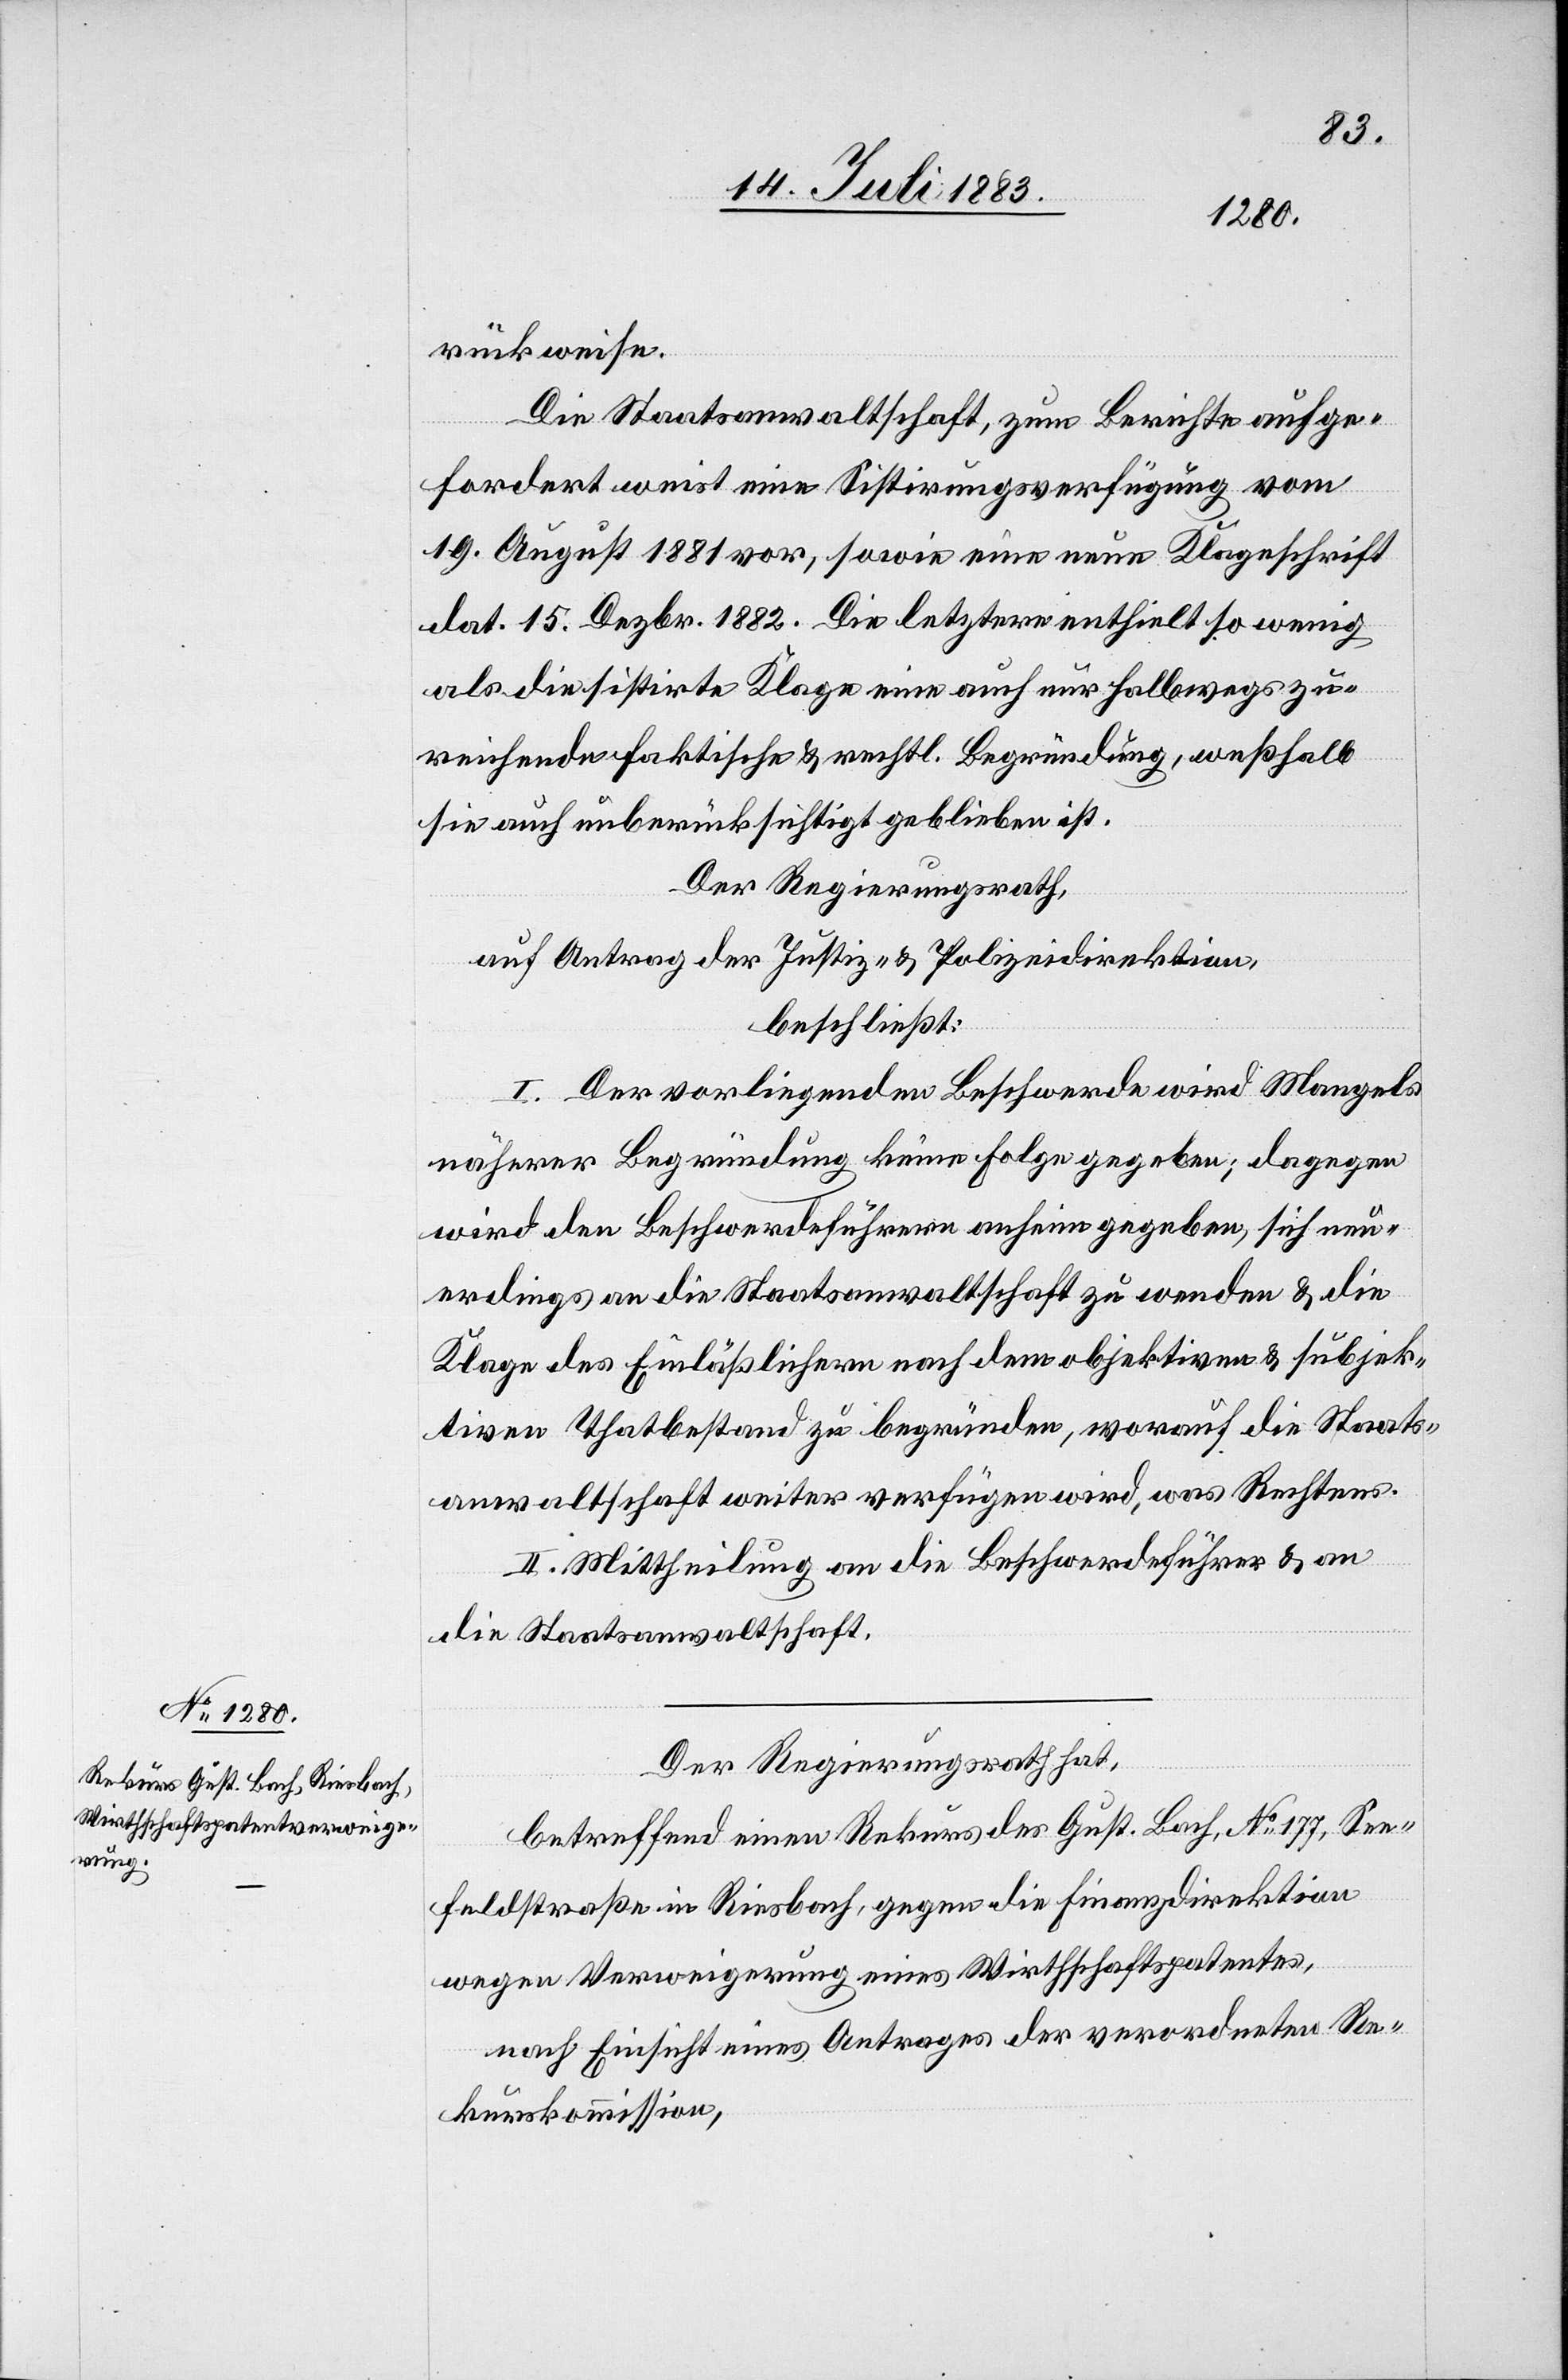
rückweise.
Die Staatsanwaltschaft, zum Bericht aufge¬
fordert weist eine Sistirungsverfügung vom
19. August 1881 vor, sowie eine neue Klageschrift
dat. 15. Dezbr. 1882. Die letztere enthielt so wenig
als die sistirte Klage eine auch nur halbwegs zu¬
reichende faktische & rechtl. Begründung, weßhalb
sie auch unberücksichtigt geblieben ist.
Der Regierungsrath,
auf Antrag der Justiz- & Polizeidirektion,
beschließt:
I. Der vorliegenden Beschwerde wird Mangels
näherer Begründung keine Folge gegeben, dagegen
wird den Beschwerdeführern anhin gegeben, sich neu¬
erdings an die Staatsanwaltschaft zu wenden & die
Klage des Einläßlichern nach dem objektiven & subjek¬
tiven Thatbestand zu begründen, worauf die Staats¬
anwaltschaft weiter verfügen wird, was Rechtens.
II. Mittheilung an die Beschwerdeführer & an
die Staatsanwaltschaft.
Der Regierungsrath hat,
betreffend einen Rekurs des Gust. Bach, No 177, See¬
feldstraße in Riesbach, gegen die Finanzdirektion
wegen Verweigerung eines Wirthschaftspatentes,
nach Einsicht eines Antrages der verordneten Re¬
kurskommission,